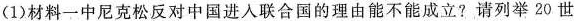
(1)材料一中尼克松反对中国进入联合国的理由能不能成立?请列举20世